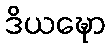
ဒိယဍ္ဎော